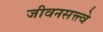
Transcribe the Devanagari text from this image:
जीवनसत्त्त्वे